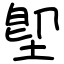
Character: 堲